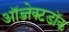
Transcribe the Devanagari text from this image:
ऑब्जेक्टडॉक